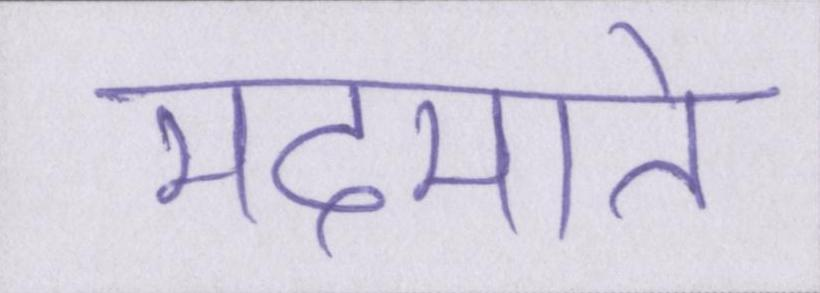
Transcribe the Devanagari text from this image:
मदमाते